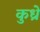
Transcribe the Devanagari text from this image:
कुध्रे